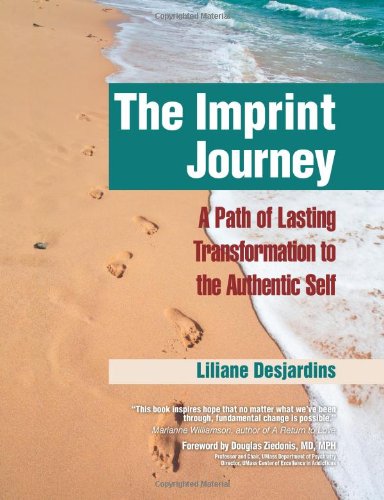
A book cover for The Imprint Journey: A Path of Lasting Transformation Into Your Authentic Self (Life Scripts Recovery); Liliane Desjardins; Health, Fitness & Dieting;